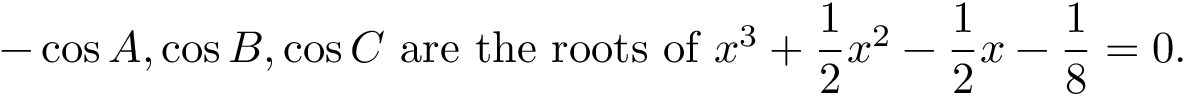
- \cos A , \cos B , \cos C { \mathrm { ~ a r e ~ t h e ~ r o o t s ~ o f ~ } } x ^ { 3 } + { \frac { 1 } { 2 } } x ^ { 2 } - { \frac { 1 } { 2 } } x - { \frac { 1 } { 8 } } = 0 .